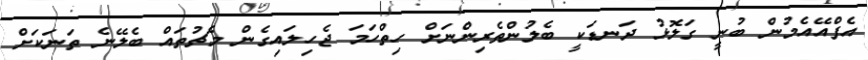
އެފްއޭއެމުން ބުނީ ގަލޮޅު ދަނޑަކީ ބެލުންތެރިންނަށް ހިތްހަމަ ޖެހިލައިގެން މެޗުތައް ބެލޭނެ ތަނަކަށް